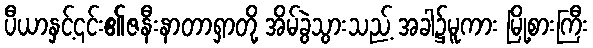
ပီယာနှင့်၎င်း၏ဇနီးနာတာရှာတို့ အိမ်ခွဲသွားသည့် အခါ၌မူကား မြို့စားကြီး